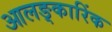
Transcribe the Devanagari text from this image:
आलङ्कारिंक